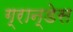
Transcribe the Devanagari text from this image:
ग्रान्डेस